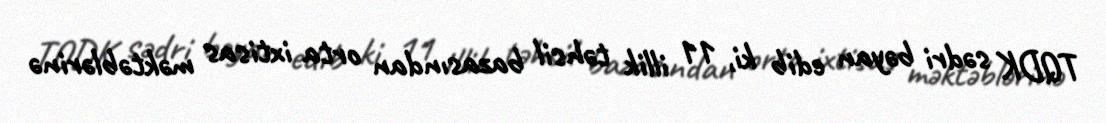
TQDK sədri bəyan edib ki, 11 illik təhsil bazasından orta ixtisas məktəblərinə